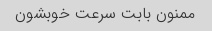
ممنون بابت سرعت خوبشون